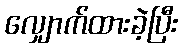
လျှောက်ထားခဲ့ပြီး